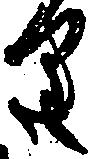
り